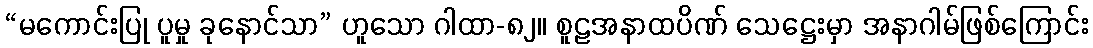
“မကောင်းပြု ပူမှု ခုနောင်သာ” ဟူသော ဂါထာ-၈၂။ စူဠအနာထပိဏ် သေဋ္ဌေးမှာ အနာဂါမ်ဖြစ်ကြောင်း